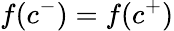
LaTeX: f(c^{-})=f(c^{+})